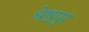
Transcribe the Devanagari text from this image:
श्रेष्ठपुर